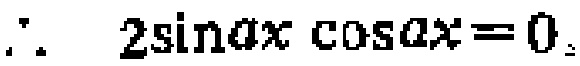
\(\therefore\ 2\sin ax\cos ax = 0\)